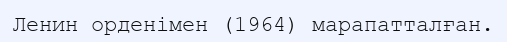
Ленин орденімен (1964) марапатталған.